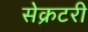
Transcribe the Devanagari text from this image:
सेेक्रटरी